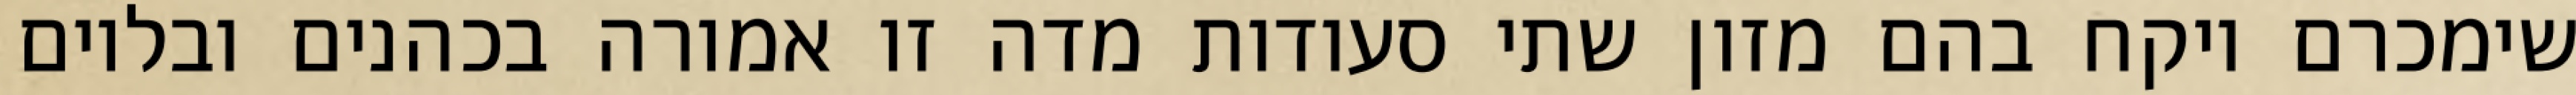
שימכרם ויקח בהם מזון שתי סעודות מדה זו אמורה בכהנים ובלוים